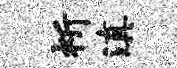
祈滇